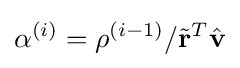
\alpha ^{(i)}=\rho ^{(i-1)}/{\tilde {\mathbf {r}}}^{T}{\hat {\mathbf {v}}}